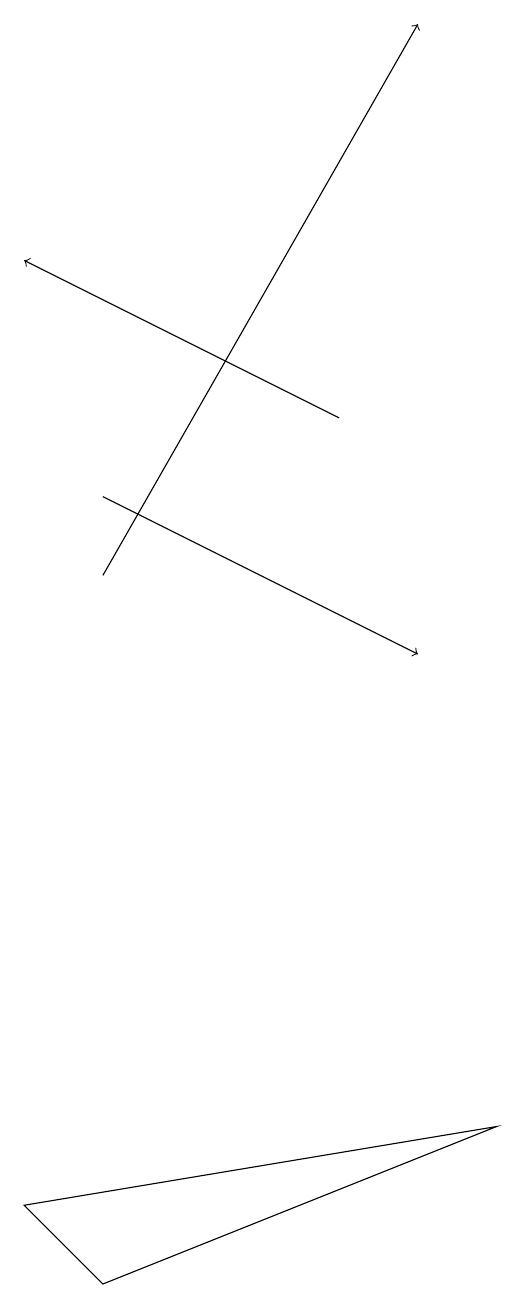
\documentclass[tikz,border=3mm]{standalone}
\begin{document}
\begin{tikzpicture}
\draw (3,4) -- (9,5) -- (4,3) -- cycle;
\draw[->] (7,14) -- (3,16);
\draw[->] (4,13) -- (8,11);
\draw[->] (4,12) -- (8,19);
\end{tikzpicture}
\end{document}